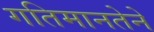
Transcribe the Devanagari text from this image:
गतिमानतेने